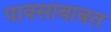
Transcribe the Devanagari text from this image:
पावसाबाबत